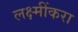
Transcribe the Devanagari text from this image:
लक्ष्मींकरा